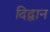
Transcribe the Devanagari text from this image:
दिद्वान